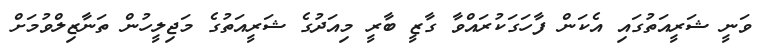
ވަނީ ޝަރީއަތުގައި އެކަން ފާހަގަކުރައްވާ ގާޒީ ބާރީ މިއަދުގެ ޝަރީއަތުގެ މަޖިލީހުން ތަނާޒިލްވުމަށް